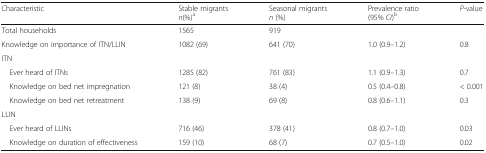
<table><thead><tr><td><b>Characteristic</b></td><td><b>Stable migrants<i>n</i>(%)<sup>a</sup></b></td><td><b>Seasonal migrants<i>n</i> (%)</b></td><td><b>Prevalence ratio(95% <i>CI</i>)<sup>b</sup></b></td><td><b><i>P-</i>value</b></td></tr></thead><tbody><tr><td>Total households</td><td>1565</td><td>919</td><td></td><td></td></tr><tr><td>Knowledge on importance of ITN/LLIN</td><td>1082 (69)</td><td>641 (70)</td><td>1.0 (0.9–1.2)</td><td>0.8</td></tr><tr><td colspan="5">ITN</td></tr><tr><td> Ever heard of ITNs</td><td>1285 (82)</td><td>761 (83)</td><td>1.1 (0.9–1.3)</td><td>0.7</td></tr><tr><td> Knowledge on bed net impregnation</td><td>121 (8)</td><td>38 (4)</td><td>0.5 (0.4–0.8)</td><td>&lt; 0.001</td></tr><tr><td> Knowledge on bed net retreatment</td><td>138 (9)</td><td>69 (8)</td><td>0.8 (0.6–1.1)</td><td>0.3</td></tr><tr><td colspan="5">LLIN</td></tr><tr><td> Ever heard of LLINs</td><td>716 (46)</td><td>378 (41)</td><td>0.8 (0.7–1.0)</td><td>0.03</td></tr><tr><td> Knowledge on duration of effectiveness</td><td>159 (10)</td><td>68 (7)</td><td>0.7 (0.5–1.0)</td><td>0.02</td></tr></tbody></table>